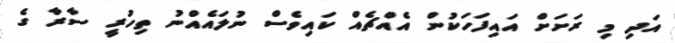
އަދި މި ރަށަށް އައިފަހަކުން އެއްޗެއް ކައިވެސް ނުލައެއްނު ތިހުރީ ސާރާ ގެ